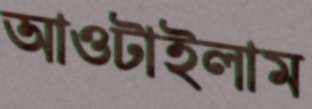
আওটাইলাম